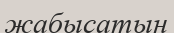
жабысатын